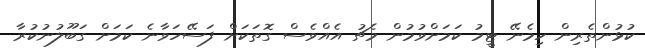
ކުޅުންތެރިން ހިމެނޭ ޓީމު ކަމަށްވުމުން މެޗު އެއްވެސް ގޮތަކަށް ފަސޭހަވާނެ ކަމަށް ގަބޫލުނުކުރާ